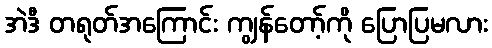
အဲဒီ တရုတ်အကြောင်း ကျွန်တော့်ကို ပြောပြမလား